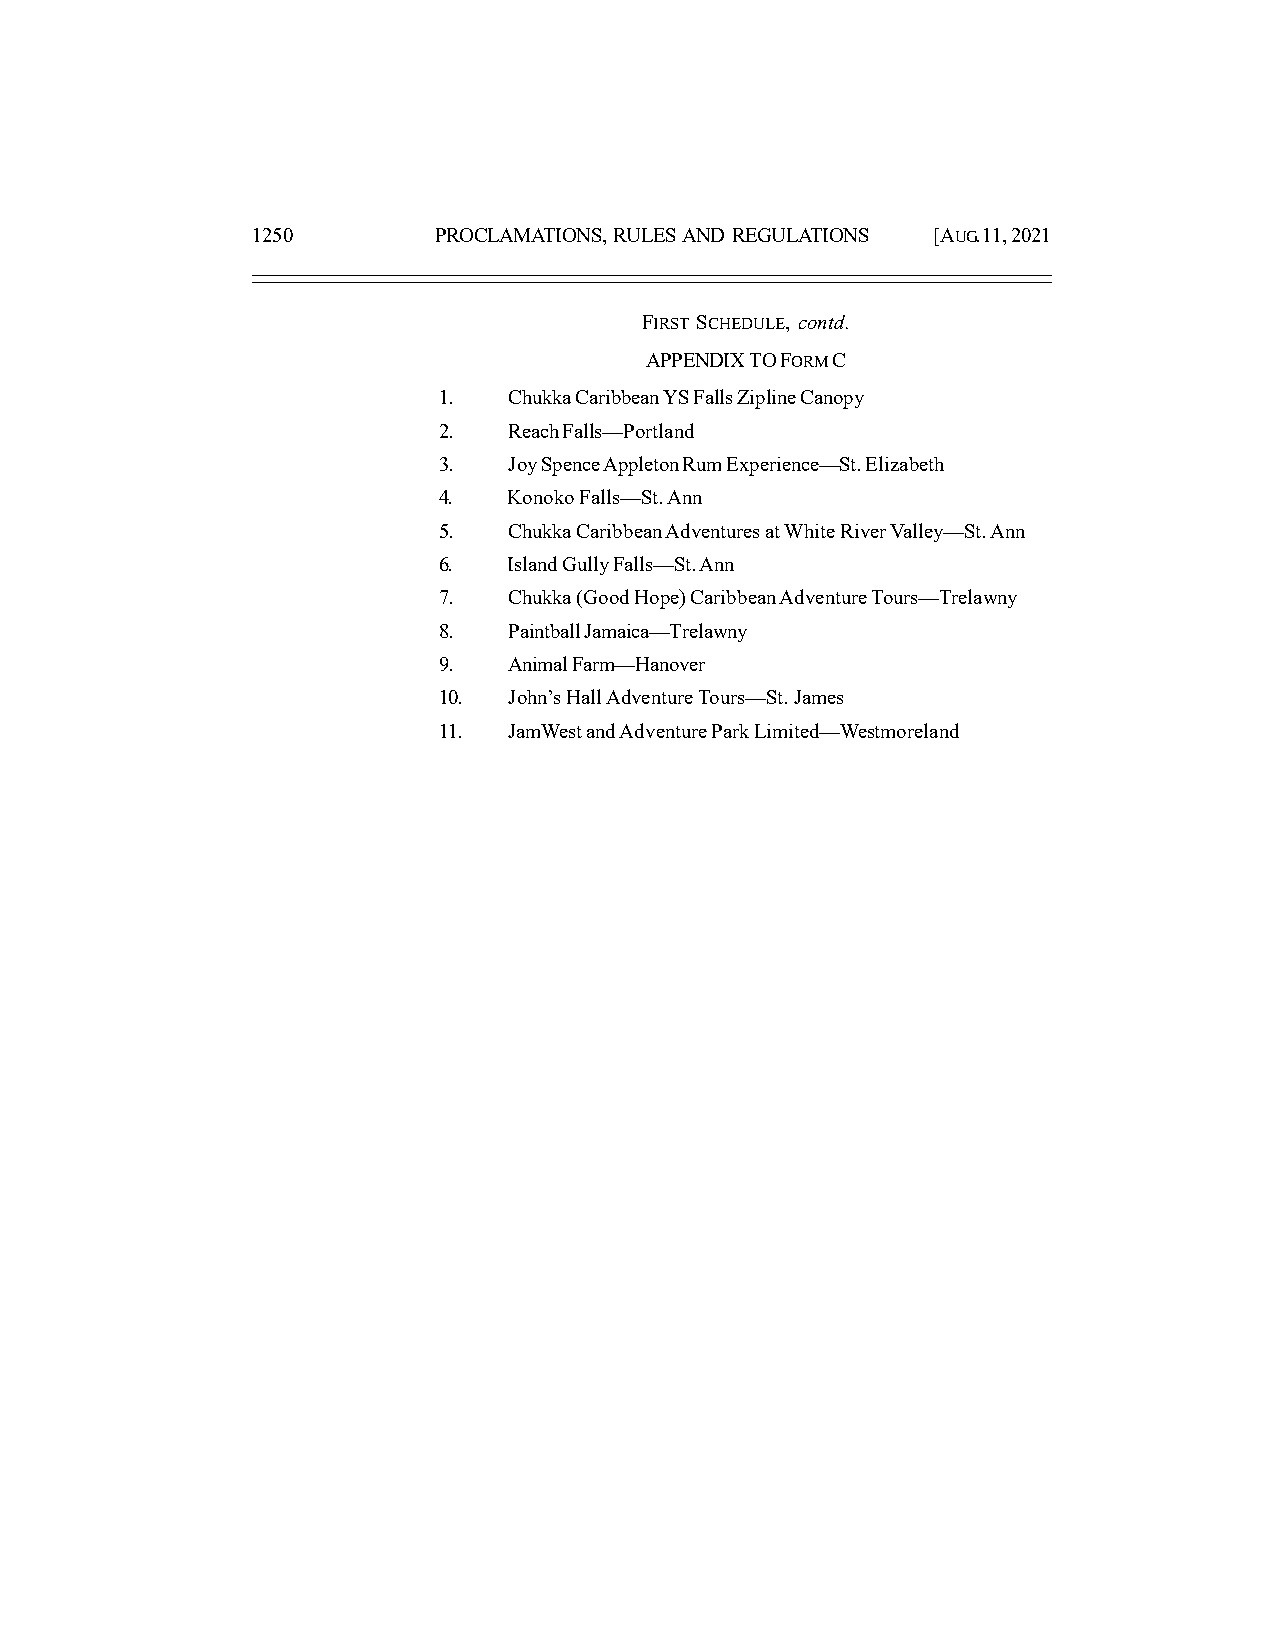
1250        PROCLAMATIONS, RULES AND REGULATIONS [AUG. 11, 2021
 FIRST SCHEDULE, contd.
 APPENDIX TO FORM C
 1.   Chukka Caribbean YS Falls Zipline Canopy
 2.   Reach Falls—Portland
 3.   Joy Spence Appleton Rum Experience—St. Elizabeth
 4.   Konoko Falls—St. Ann
 5.   Chukka Caribbean Adventures at White River Valley—St. Ann
 6.   Island Gully Falls—St. Ann
 7.   Chukka (Good Hope) Caribbean Adventure Tours—Trelawny
 8.   Paintball Jamaica—Trelawny
 9.   Animal Farm—Hanover
 10.  John’s Hall Adventure Tours—St. James
 11.  JamWest and Adventure Park Limited—Westmoreland